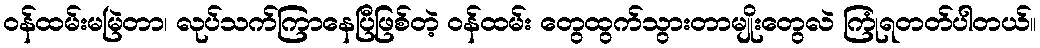
ဝန်ထမ်းမမြဲတာ၊ လုပ်သက်ကြာနေပြီဖြစ်တဲ့ ဝန်ထမ်း တွေထွက်သွားတာမျိုးတွေလဲ ကြုံရတတ်ပါတယ်။